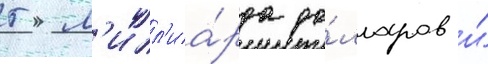
5 м'илл'иа́рда до́лларов и́